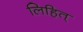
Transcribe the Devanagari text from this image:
लिहित्